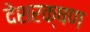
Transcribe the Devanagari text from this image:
देशरक्षण